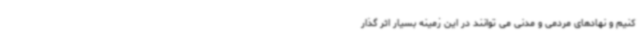
کنیم و نهادهای مردمی و مدنی می توانند در این زمینه بسیار اثر گذار